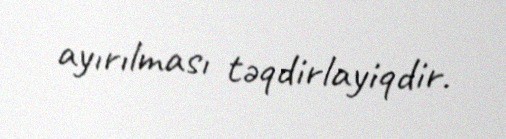
ayırılması təqdirlayiqdir.